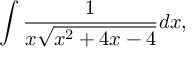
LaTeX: \int { \frac { 1 } { x { \sqrt { x ^ { 2 } + 4 x - 4 } } } } d x ,